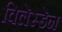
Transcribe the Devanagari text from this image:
विलेस्डेन